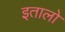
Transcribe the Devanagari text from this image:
इतालो